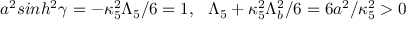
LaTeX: a ^ { 2 } s i n h ^ { 2 } \gamma = - \kappa _ { 5 } ^ { 2 } \Lambda _ { 5 } / 6 = 1 , ~ ~ \Lambda _ { 5 } + \kappa _ { 5 } ^ { 2 } \Lambda _ { b } ^ { 2 } / 6 = 6 a ^ { 2 } / \kappa _ { 5 } ^ { 2 } > 0